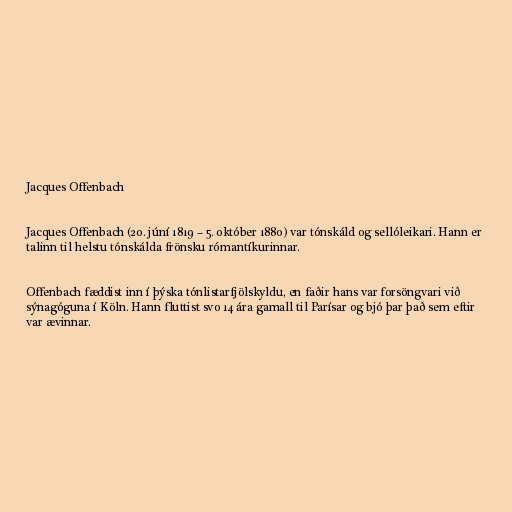
Jacques Offenbach

Jacques Offenbach (20. júní 1819 – 5. október 1880) var tónskáld og sellóleikari. Hann er
talinn til helstu tónskálda frönsku rómantíkurinnar.

Offenbach fæddist inn í þýska tónlistarfjölskyldu, en faðir hans var forsöngvari við
sýnagóguna í Köln. Hann fluttist svo 14 ára gamall til Parísar og bjó þar það sem eftir
var ævinnar.